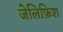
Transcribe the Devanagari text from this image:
जेलिफ़िश